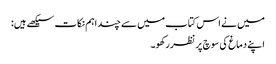
میں نے اس کتاب میں سے چند اہم نکات سیکھے ہیں:
اپنے دماغ کی سوچ پر نظر رکھو۔